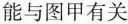
能与图甲有关